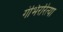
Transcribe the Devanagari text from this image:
गंभिररित्या